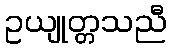
ဥယျုတ္တသညီ